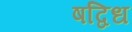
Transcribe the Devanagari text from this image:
षद्विध